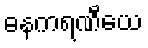
ဓနကရဏီယေ